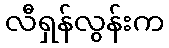
လီရှန်လွန်းက